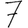
Digit: 7